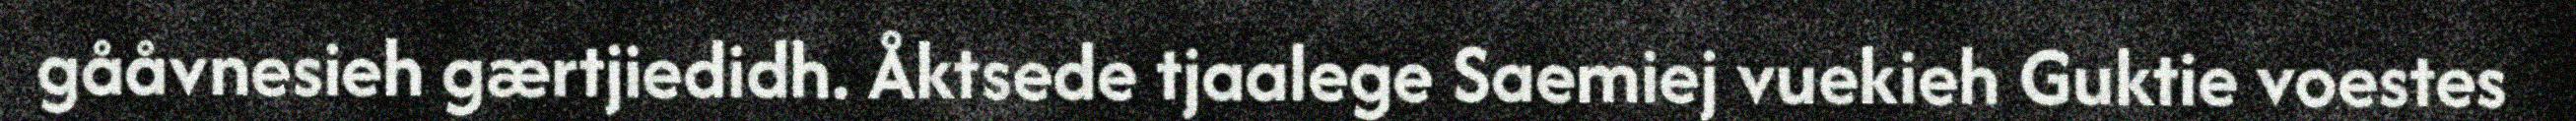
gååvnesieh gærtjiedidh. Åktsede tjaalege Saemiej vuekieh Guktie voestes